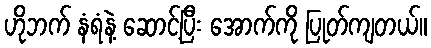
ဟိုဘက် နံရံနဲ့ ဆောင့်ပြီး အောက်ကို ပြုတ်ကျတယ်။